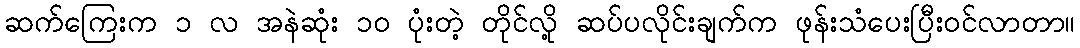
ဆက်ကြေးက ၁ လ အနဲဆုံး ၁ဝ ပုံးတဲ့ တိုင်လို့ ဆပ်ပလိုင်းချက်က ဖုန်းသံပေးပြီးဝင်လာတာ။